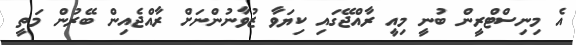
އެ މިނިސްޓްރީން ބުނީ މިއީ ރާއްޖޭގައި ކިޔަވާ ޒުވާނުންނަށް ރާއްޖެއިން ބޭރުން މަތީ